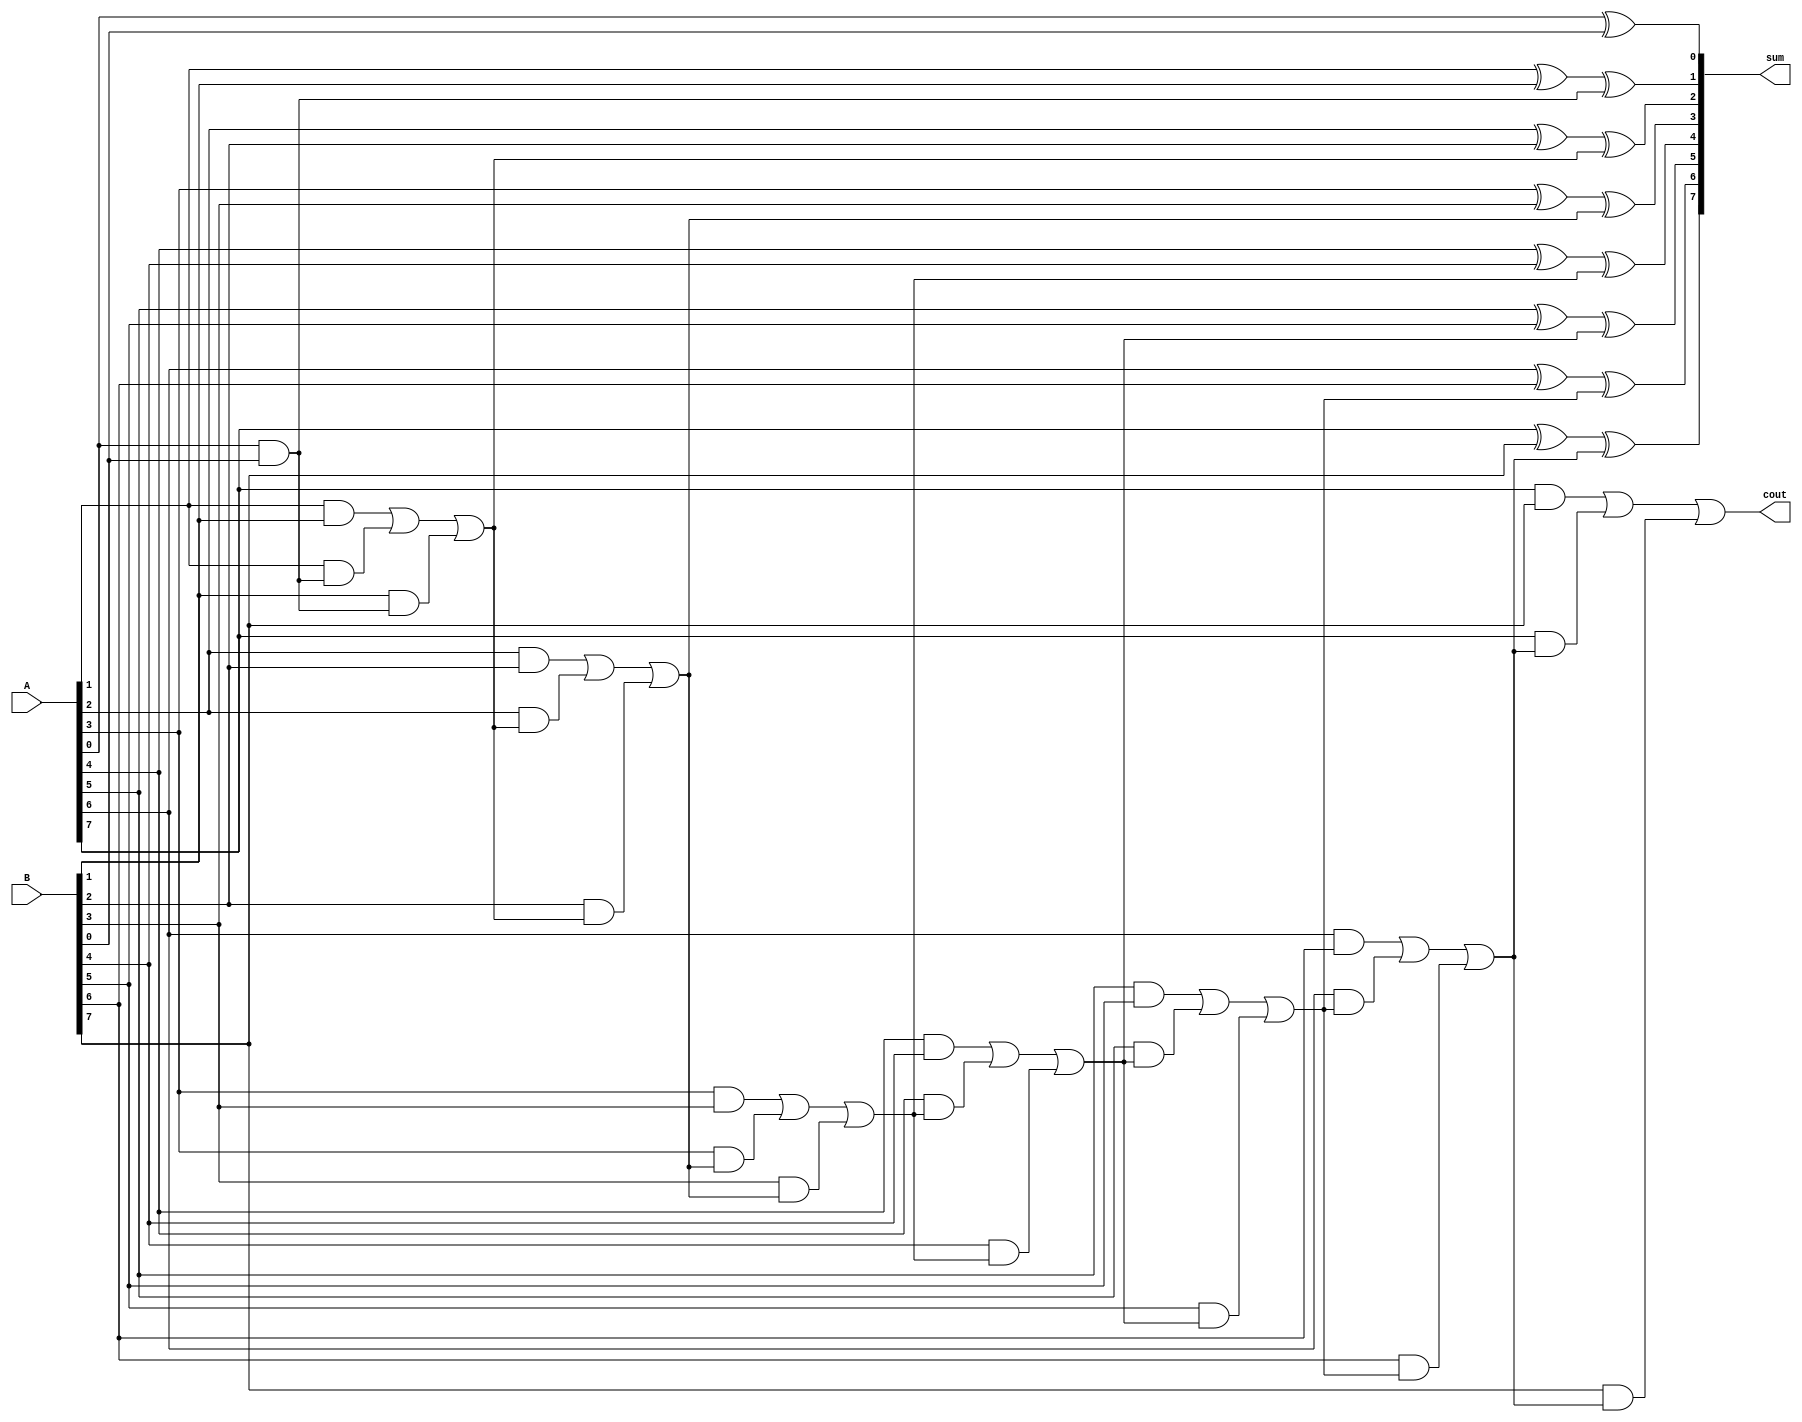
module carry_skip_adder (
    input wire [N-1:0] A,
    input wire [N-1:0] B,
    output wire [N-1:0] sum,
    output wire cout
);

parameter N = 8;

wire [N:0] c;

assign c[0] = 1'b0;

genvar i;
generate
    for (i = 0; i < N; i = i + 1) begin : skippable_adder
        assign sum[i] = A[i] ^ B[i] ^ c[i];
        assign c[i+1] = (A[i] & B[i]) | (A[i] & c[i]) | (B[i] & c[i]);
    end
endgenerate

assign cout = c[N];

endmodule